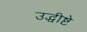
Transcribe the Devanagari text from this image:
उद्धीष्टे